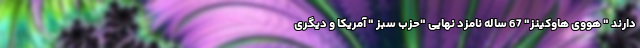
دارند " هووی هاوکینز" 67 ساله نامزد نهایی "حزب سبز " آمریکا و دیگری